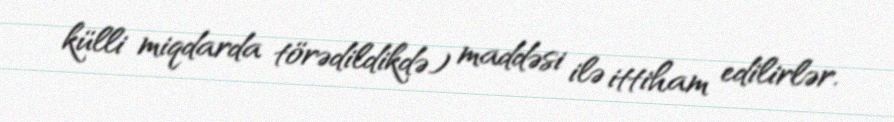
külli miqdarda törədildikdə) maddəsi ilə ittiham edilirlər.